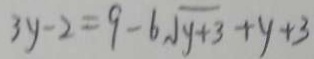
3 y - 2 = 9 - 6 \sqrt { y + 3 } + y + 3